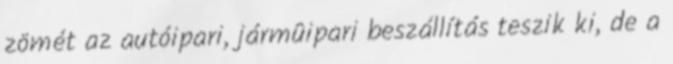
zömét az autóipari, jármûipari beszállítás teszik ki, de a